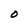
Character: 0